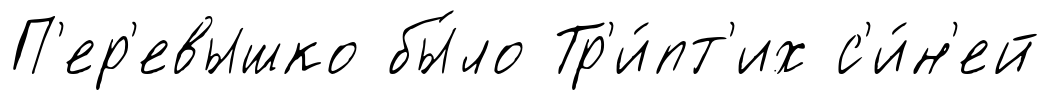
П'ер'евышко бы́ло Тр'и́пт'их с'и́н'ей